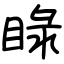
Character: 睩